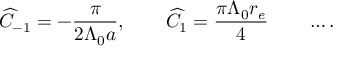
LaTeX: \widehat C _ { - 1 } = - { \frac { \pi } { 2 \Lambda _ { 0 } a } } , \qquad \widehat C _ { 1 } = { \frac { \pi \Lambda _ { 0 } r _ { e } } { 4 } } \qquad \ldots .